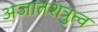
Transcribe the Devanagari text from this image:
अजातशत्रुत्व